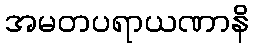
အမတပရာယဏာနိ